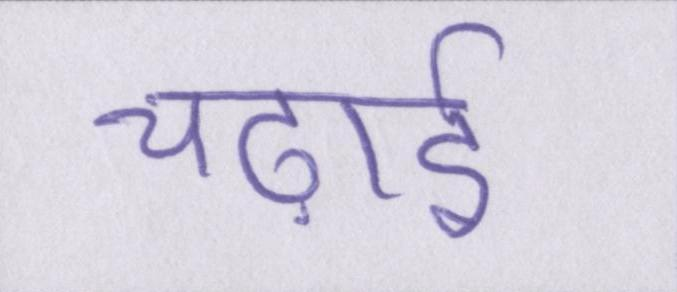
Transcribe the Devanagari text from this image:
चढ़ाई